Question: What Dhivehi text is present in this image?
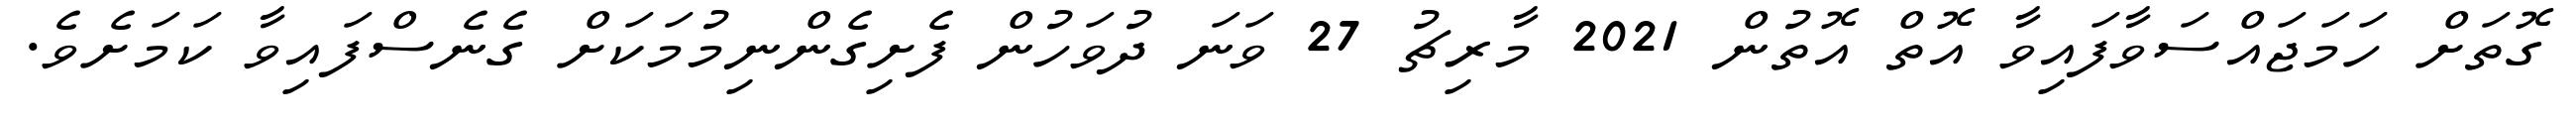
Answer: ގޮތަށް ހަމަޖައްސަވާފައިވާ އޮތް އޮތުން 2021 މާރިޗު 27 ވަނަ ދުވަހުން ފެށިގެންނިމުމަކަށް ގެނެސްފައިވާ ކަމަށެވެ.